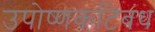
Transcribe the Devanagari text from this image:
उपोष्णकटिबंध